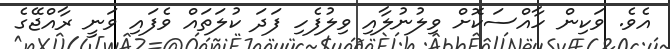
އެވެ. ވަކިން ހާއްސަކޮށް ވިލުނުލާއި ވިލުފެހި ފަދަ ކުލަތައް ވެފައި ވަނީ ރާއްޖޭގެ